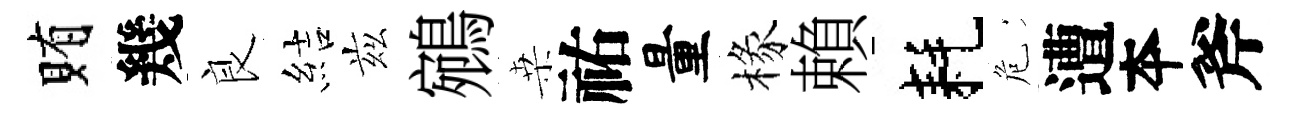
賄幾良結兹鵷桒祐量椽賴耗危遭夲斧